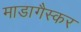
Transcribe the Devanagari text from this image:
माडागैस्कर